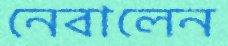
নেবালেন